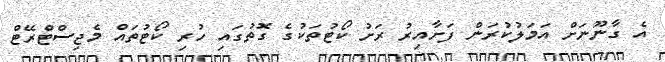
އެ ގާނޫނަށް އަމަލުކުރަން ފަށާއިރު ރަށު ކޯޓުތަކުގެ ގޮތުގައި ހުރި ކޯޓުތައް މެޖިސްޓްރޭޓް